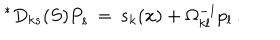
LaTeX: { } ^ { \ast } D _ { k s } ( S ) P _ { s } \, = \, { s } _ { k } ( x ) + \Omega _ { k l } ^ { - 1 } p _ { l } \, .